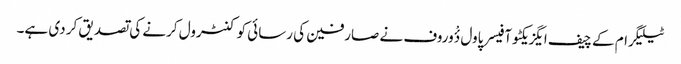
ٹیلیگرام کے چیف ایگزیکٹو آفیسر پاول دٴْوروف نے صارفین کی رسائی کو کنٹرول کرنے کی تصدیق کر دی ہے۔